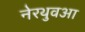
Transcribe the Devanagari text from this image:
नेरथुवआ